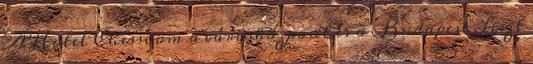
A Hotel Chesscom a városközpont és a Budapest Liszt